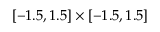
[ - 1 . 5 , 1 . 5 ] \times [ - 1 . 5 , 1 . 5 ]